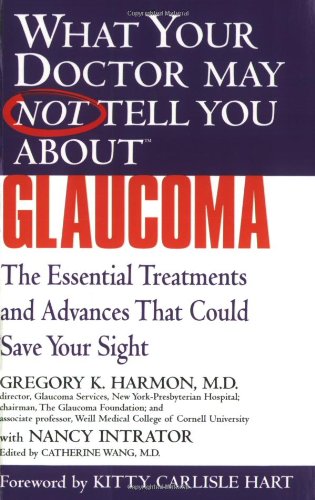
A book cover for What Your Doctor May Not Tell You About(TM) Glaucoma: The Essential Treatments and Advances That Could Save Your Sight; Gregory K. Harmon; Health, Fitness & Dieting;